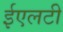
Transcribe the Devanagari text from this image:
ईएलटी